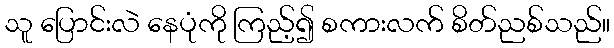
သူ ပြောင်းလဲ နေပုံကို ကြည့်၍ စကားလက် စိတ်ညစ်သည်။